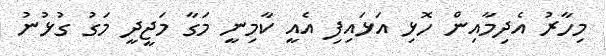
މިހާރު އެދިމާއިން ހޮޅި އަޅައިފި އެއީ ކާމިނީ މަގާ މަޖީދީ މަގު ގުޅުނު